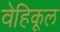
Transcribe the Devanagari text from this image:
वेहिकूल